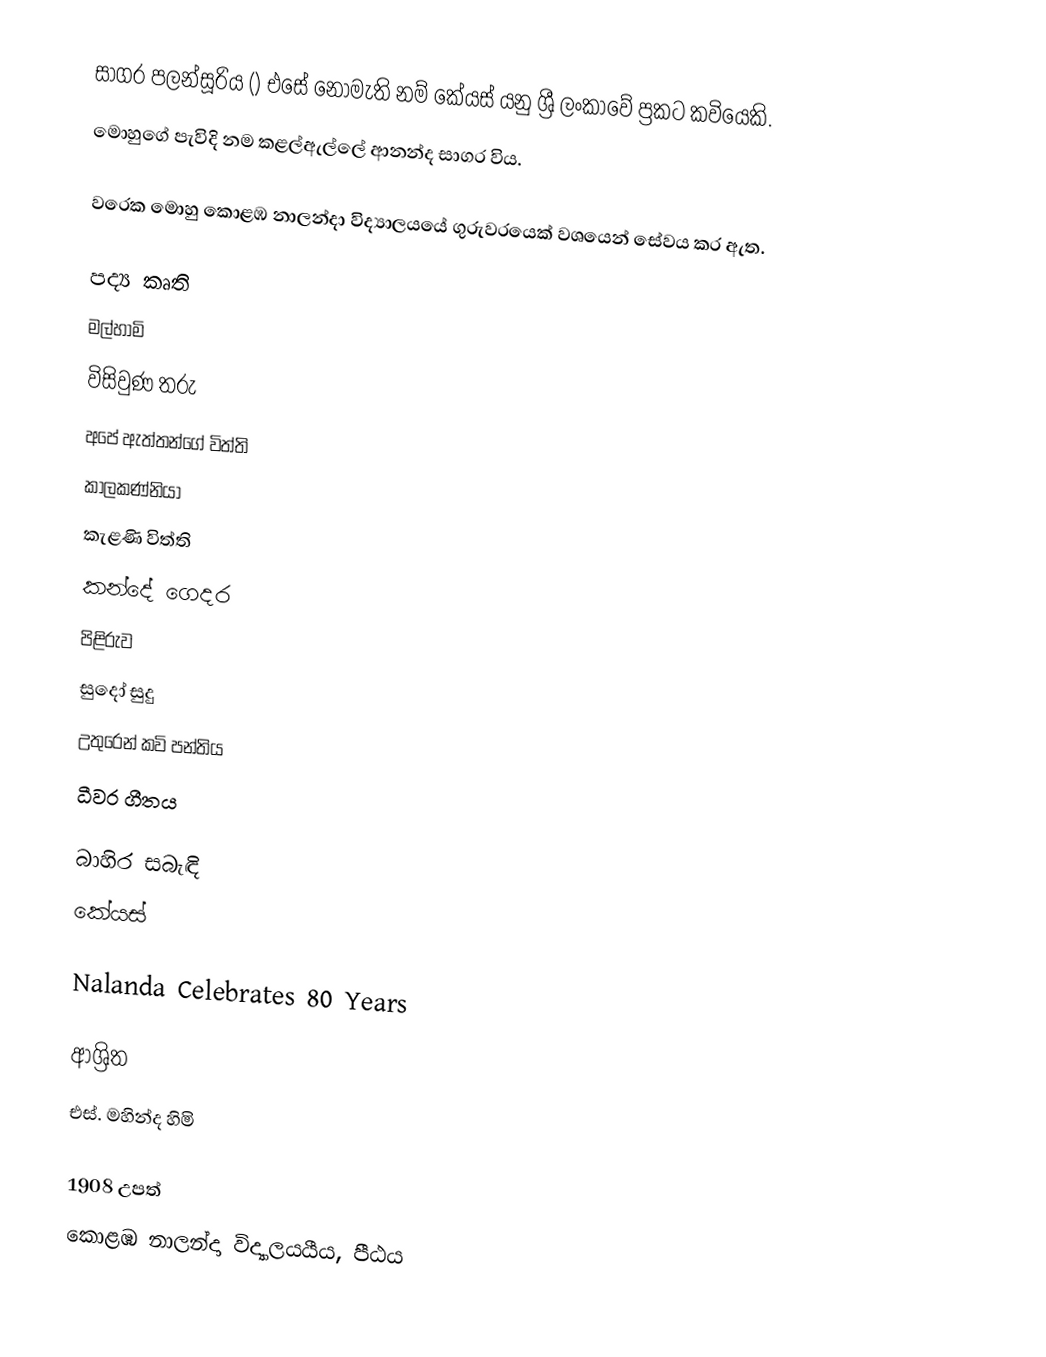
සාගර පලන්සූරිය () එසේ නොමැති නම් කේයස් යනු ශ්‍රී ලංකාවේ ප්‍රකට කවියෙකි.
මොහුගේ පැවිදි නම කළල්ඇල්ලේ ආනන්ද සාගර විය.

වරෙක මොහු කොළඹ නාලන්දා විද්‍යාලයයේ ගුරුවරයෙක් වශයෙන් සේවය කර ඇත.

පද්‍ය කෘති
මල්හාමි
විසිවුණ තරු
අපේ ඇත්තන්ගේ විත්ති
කාලකණ්නියා
කැළණි විත්ති
කන්දේ ගෙදර
පිළිරුව
සුදෝ සුදු
උතුරෙන් කවි පන්තිය
ධීවර ගීතය

බාහිර සබැඳි
 කේයස්

 Nalanda Celebrates 80 Years

ආශ්‍රිත
 එස්‌. මහින්ද හිමි

1908 උපත්
කොළඹ නාලන්දා විද්‍යාලයයීය, පීඨය